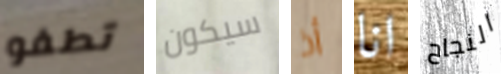
تطفو سيكون أذ انا النجاح